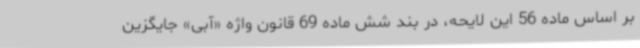
بر اساس ماده 56 این لایحه، در بند شش ماده 69 قانون واژه «آبی» جایگزین